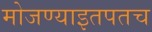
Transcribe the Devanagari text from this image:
मोजण्याइतपतच